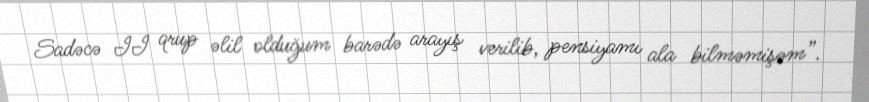
Sadəcə II qrup əlil olduğum barədə arayış verilib, pensiyamı ala bilməmişəm”.